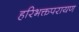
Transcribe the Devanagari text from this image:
हरिभक्तपरायण